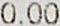
0.00